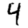
Digit: 4